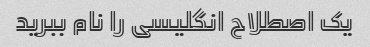
یک اصطلاح انگلیسی را نام ببرید